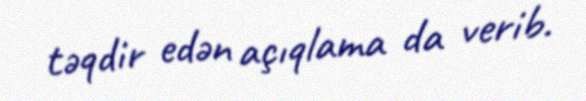
təqdir edən açıqlama da verib.